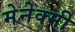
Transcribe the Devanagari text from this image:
मेनेक्मी